Medical and sanitary report of the native army of Bengal for the year
Year: 1875
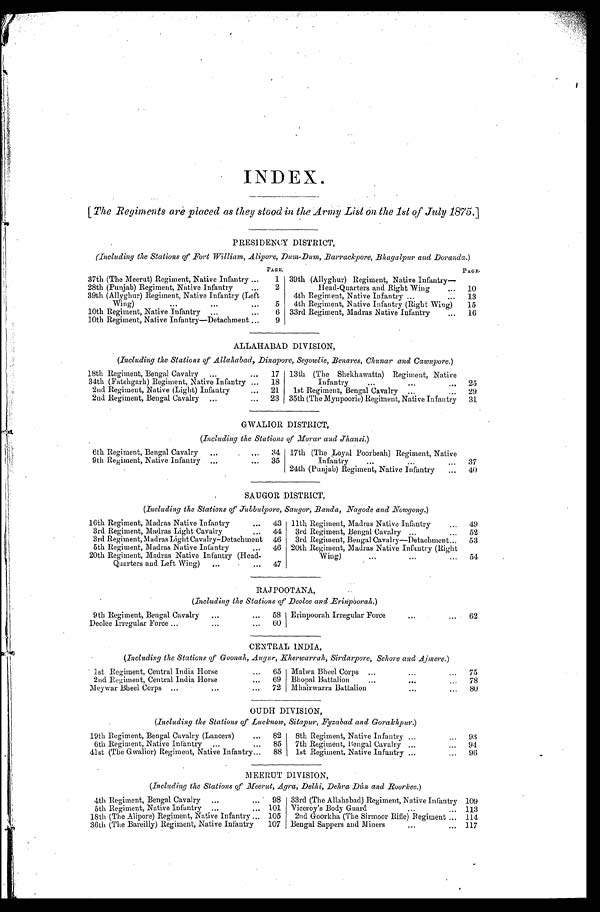
INDEX.
[The Regiments are placed as they stood in the Army List on the 1st of July 1875.]
P RESIDENCY DISTRICT,
(Including the Stations of Fort William, Alipore, Dum-Dum, Barrackpore, Bhagalpur and Doranda.)
PAGE.
PAGE.
37th (The Meerut) Regiment, Native Infantry . . .
1
39th (Allyghur) Regiment, Native Infantry
—
Head-Quarters and Right Wing . . .
10
28th (Punjab) Regiment, Native Infantry . . .
2
39th (Allyghur) Regiment, Native Infantry (Left
Wing) . . .
5
4th Regiment, Native Infantry . . .
13
4th Regiment, Native Infantry (Right Wing) . . .
15
10th Regiment, Native Infantry . . .
6
33rd Regiment, Madras Native Infantry . . .
16
10th Regiment, Native Infantry—Detachment . . .
9
ALLAHABAD DIVISION,
(Including the Stations of Allahabad, Dinapore, Segowlie, Benares, Chunar and Cawnpore.)
18th Regiment, Bengal Cavalry . . .
17
13th (The Shekhawatta) Regiment, Native
Infantry . . .
25
34th (Fatehgarh) Regiment, Native Infantry . . .
18
2nd Regiment, Native (Light) Infantry . . .
21
1st Regiment, Bengal Cavalry . . .
29
2nd Regiment, Bengal Cavalry . . .
23
35th (The Mynpoorie) Regiment, Native Infantry
31
GWALIOR DISTRICT,
(Including the Stations of Morar and Jhansi.)
6th Regiment, Bengal Cavalry . . .
34
17th (The Loyal Poorbeah) Regiment, Native
Infantry . . .
37
9th Regiment, Native Infantry . . .
35
24th (Punjab) Regiment, Native Infantry . . .
40
SAUGOR DISTRICT,
(Including the Stations of Jubbulpore, Saugor, Banda, Nagode and Nowgong.)
16th Regiment, Madras Native Infantry . . .
43
11th Regiment, Madras Native Infantry . . .
49
3rd Regiment, Madras Light Cavalry . . .
44
3rd Regiment, Bengal Cavalry . . .
52
3rd Regiment, Madras Light Cavalry-Detachment
46
3rd Regiment, Ben gal Cavalry—Detachment . . .
53
5th Regiment, Madras N ative Infantry . . .
46
20th Regiment, Madras Native Infantry (Right
Wing). . .
54
20th Regiment, Madras .Native Infantry (Head-
Quarters and Left Wing) . . .
47
RAJPOOTANA,
(Including the Stations of Deolee and Erinpoorah.)
9th Regiment, Bengal Cavalry . . .
58 Erinpoorah Irregular Force . . .
62
Deolee Irregular Force . . .
60
CENTRAL INDIA,
(Including the Stations of Goonah, Augur, Kherwarrah, Sirdarpore, Sehore and Ajmere.)
1st Regiment, Central India Horse . . .
65 Malwa Bheel Corps . . .
75
2nd Regiment, Central India Horse . . .
69
Bhopal Battalion . . .
78
Meywar Bheel Corps . . .
72 Mhairwarra Battalion . . .
80
OUDH DIVISION,
(Including the Stations of Lucknow, Sitapur, Fyzabad and Gorakhpur.)
19th Regiment, Bengal Cavalry (Lancers) . . .
82
8th Regiment, Native Infantry . . .
93
6th Regiment, Native Infantry . . .
85
7th Regiment, Bengal Cavalry . . .
94
41st (The Gwalior) Regiment, Native Infantry . . .
88
1st Regiment, Native Infantry . . .
96
MEERUT DIVISION,
(Including the Stations of Meerut, Agra, Delhi, Dehra Dún, and Boorkee.)
4th Regiment, Bengal Cavalry . . .
98
33rd (The Allahabad) Regiment, Native Infantry
109
5th Regiment, Native Infantry . . .
101
Viceroy's Body Guard . . .
113
18th (The Alipore) Regiment, Native Infantry . . .
105
2nd Goorkha (The Sirmoor Rifle) Regiment . . .
114
36th (The Bareilly) Regiment, Native Infantry . . .
107
Bengal Sappers and Miners . . .
117